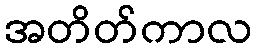
အတိတ်ကာလ